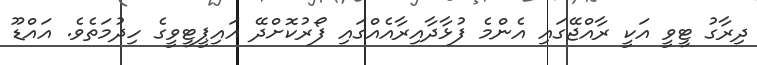
ދިރާގު ޓީވީ އަކީ ރާއްޖޭގައި އެންމެ ފުޅާދާއިރާއެއްގައި ފޯރުކޮށްދޭ އައިޕީޓީވީގެ ހިދުމަތެވެ. އައްޑޫ